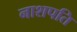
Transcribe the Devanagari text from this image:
नाशपति